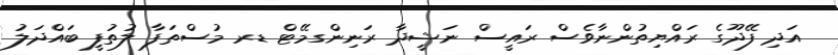
އަދި ފޭދޫގެ ރައްޔިތުންނާވެސް ރައީސް ނަޝީދާ ރަނިންގމޭޓް ޑރ މުސްތަފާ ލުތުފީ ބައްދަލު